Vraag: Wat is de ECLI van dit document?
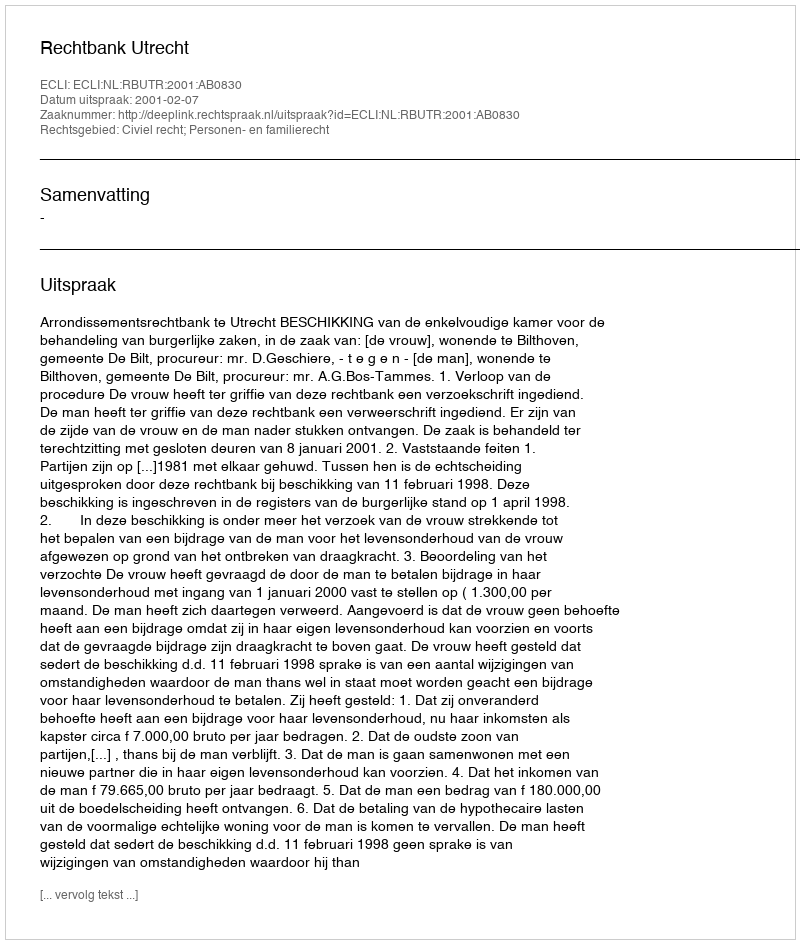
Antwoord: ECLI:NL:RBUTR:2001:AB0830